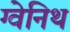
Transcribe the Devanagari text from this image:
ग्वेनिथ